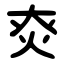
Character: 㶫